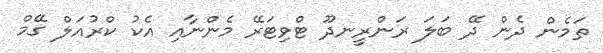
ތަމެން ދެން ދޭ ބަލަ ރަންރީނދޫ ޓްވިޓަރޭ މެންނާއި އެކު ކްރުއަލް ގޭމް